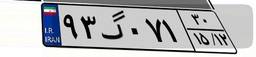
۹۳گ۰۷۱۳۰